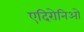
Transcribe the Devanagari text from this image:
एदिरोनिओ